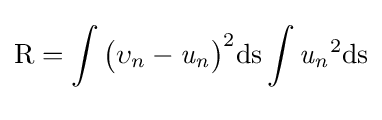
{\text{R}}\,\!=\int \limits _{}^{}{\big (}\upsilon _{n}-{\mathit {u_{n}}}{\big )}^{2}{\text{ds}}\,\!\int \limits _{}^{}{\mathit {u_{n}}}^{2}{\text{ds}}\,\!